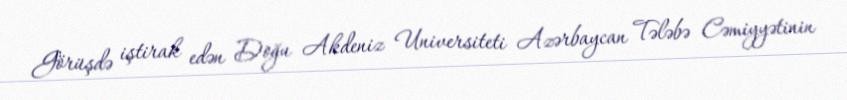
Görüşdə iştirak edən Doğu Akdeniz Universiteti Azərbaycan Tələbə Cəmiyyətinin